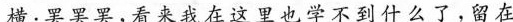
横：罢罢罢，看来我在这里也学不到什么了，留在